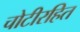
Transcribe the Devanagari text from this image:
चोटीरहित